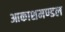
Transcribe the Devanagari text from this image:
आकाशमण्डल